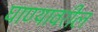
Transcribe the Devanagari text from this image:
घाण्यावरील